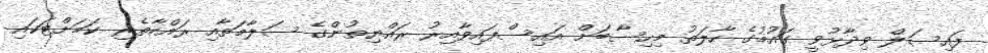
ފައިސަލް ވިދާޅުވީ ގައުމުގެ ހާލަތު މިހިސާބަށް އައިސްފައިވާއިރު ރައްޔިތުންގެ ސަލާމަތާއި ރައްކާތެރި ކަމަށްޓަކައި